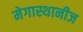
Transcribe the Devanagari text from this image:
मेगास्थानीज